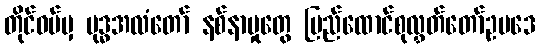
တိုင်ဝမ်မှ ဗုဒ္ဓအလံတော် နစ်နာမှုတွေ ပြည်ထောင်စုလွှတ်တော်ဥပဒေ